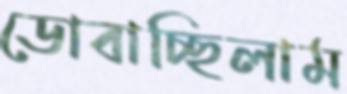
ডোবাচ্ছিলাম